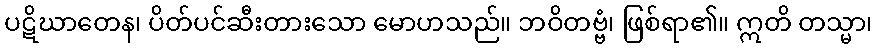
ပဋိဃာတေန၊ ပိတ်ပင်ဆီးတားသော မောဟသည်။ ဘဝိတဗ္ဗံ၊ ဖြစ်ရာ၏။ ဣတိ တသ္မာ၊